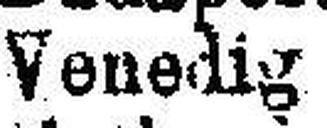
Venedig